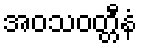
အဝသဝတ္တီနံ